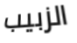
الزبيب